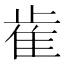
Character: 𰙭